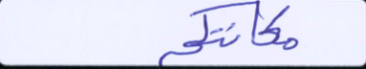
مكانتكم